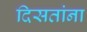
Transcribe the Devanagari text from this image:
दिसतांना